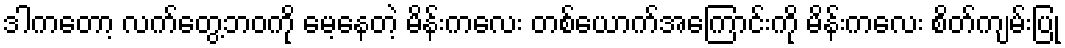
ဒါကတော့ လက်တွေ့ဘဝကို မေ့နေတဲ့ မိန်းကလေး တစ်ယောက်အကြောင်းကို မိန်းကလေး စိတ်ကျမ်းပြု